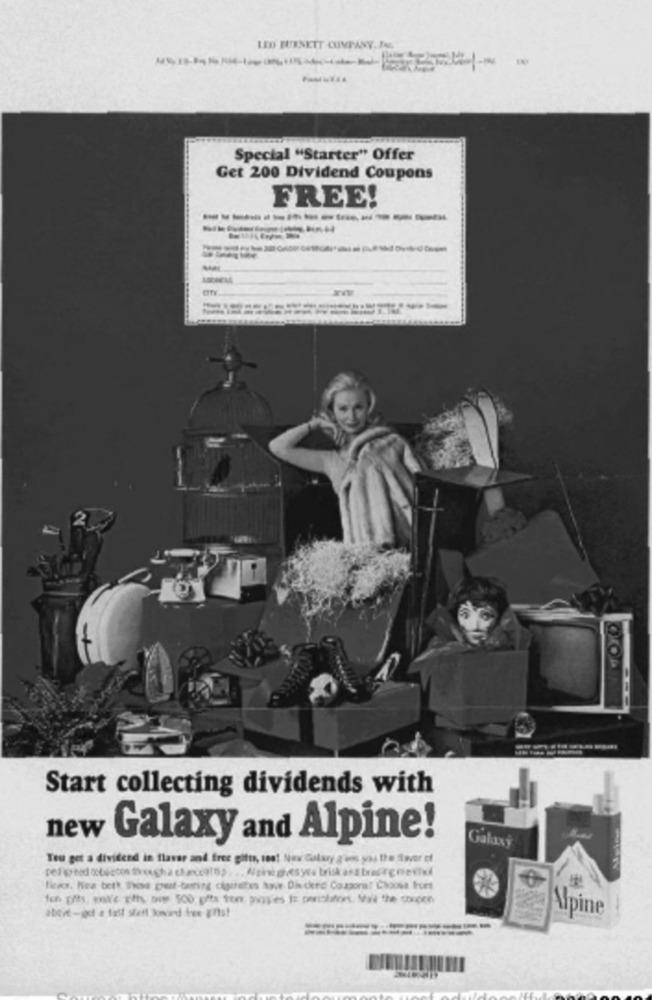
LEO BURNETT COMPANY.IN.
Special "Starter" Offer
Get 200 Dividend Coupons
FREE!
-------------
2
Start collecting dividends with
new Galaxy and Alpine!
Galaxy
Teu get a dividend in flavar and free gifts, tes! Now Galary g'vos you the flavor of
Ich gifts, wox'e Eths, Dow 500 gets tomr ping'es to pentolators, Mall the coupon
Alpine